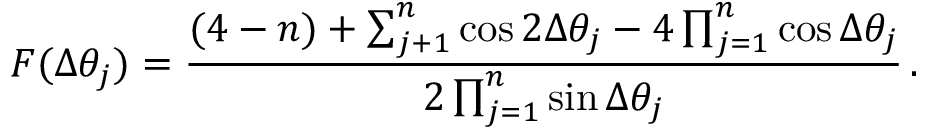
F ( \Delta \theta _ { j } ) = \frac { ( 4 - n ) + \sum _ { j + 1 } ^ { n } \cos 2 \Delta \theta _ { j } - 4 \prod _ { j = 1 } ^ { n } \cos \Delta \theta _ { j } } { 2 \prod _ { j = 1 } ^ { n } \sin \Delta \theta _ { j } } \, .